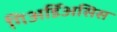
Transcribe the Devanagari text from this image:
गिअर्डिअसिस